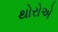
થોરોએ